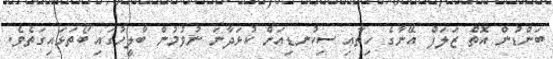
ބަންޑުން އޮތް ޒަލަފް އޭނާގެ ހިތާއި ސިކުނޑިއަށް ކުޅަދާނަ ނުވުމުން ބާލީހުގައި ބޯތަޅައިގަތެވެ.